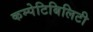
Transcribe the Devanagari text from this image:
कम्पेटिबिलिटी